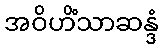
အဝိဟိံသာဆန္ဒံ